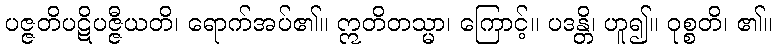
ပဇ္ဇတိပဋိပဇ္ဇီယတိ၊ ရောက်အပ်၏။ ဣတိတသ္မာ၊ ကြောင့်။ ပဒန္တိ၊ ဟူ၍။ ဝုစ္စတိ၊ ၏။